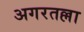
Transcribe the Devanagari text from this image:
अगरतल्ला